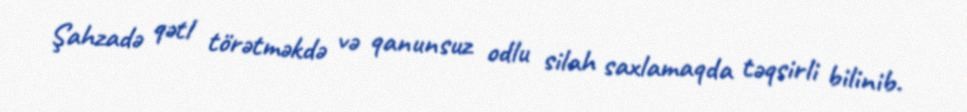
Şahzadə qətl törətməkdə və qanunsuz odlu silah saxlamaqda təqsirli bilinib.